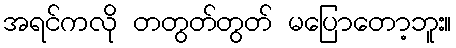
အရင်ကလို တတွတ်တွတ် မပြောတော့ဘူး။